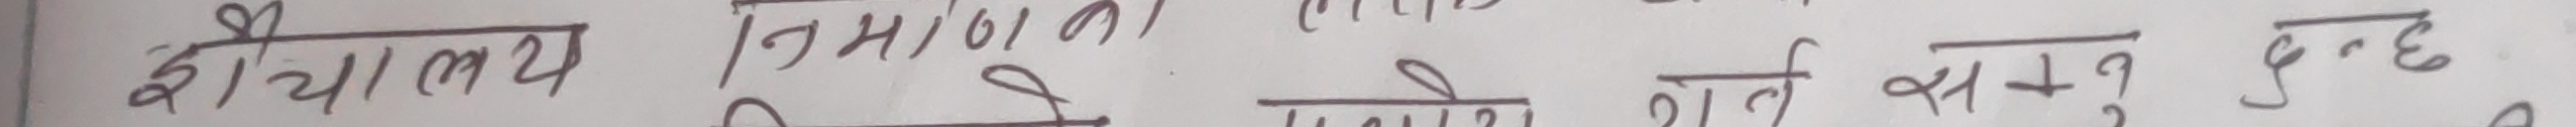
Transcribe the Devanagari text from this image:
खियालो म?, नमागला ने, ले के स+3 हुन्छ